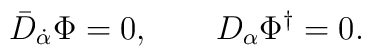
\bar{D}_{\dot{\alpha}} \Phi = 0 , \qquad D_\alpha \Phi^\dagger = 0.